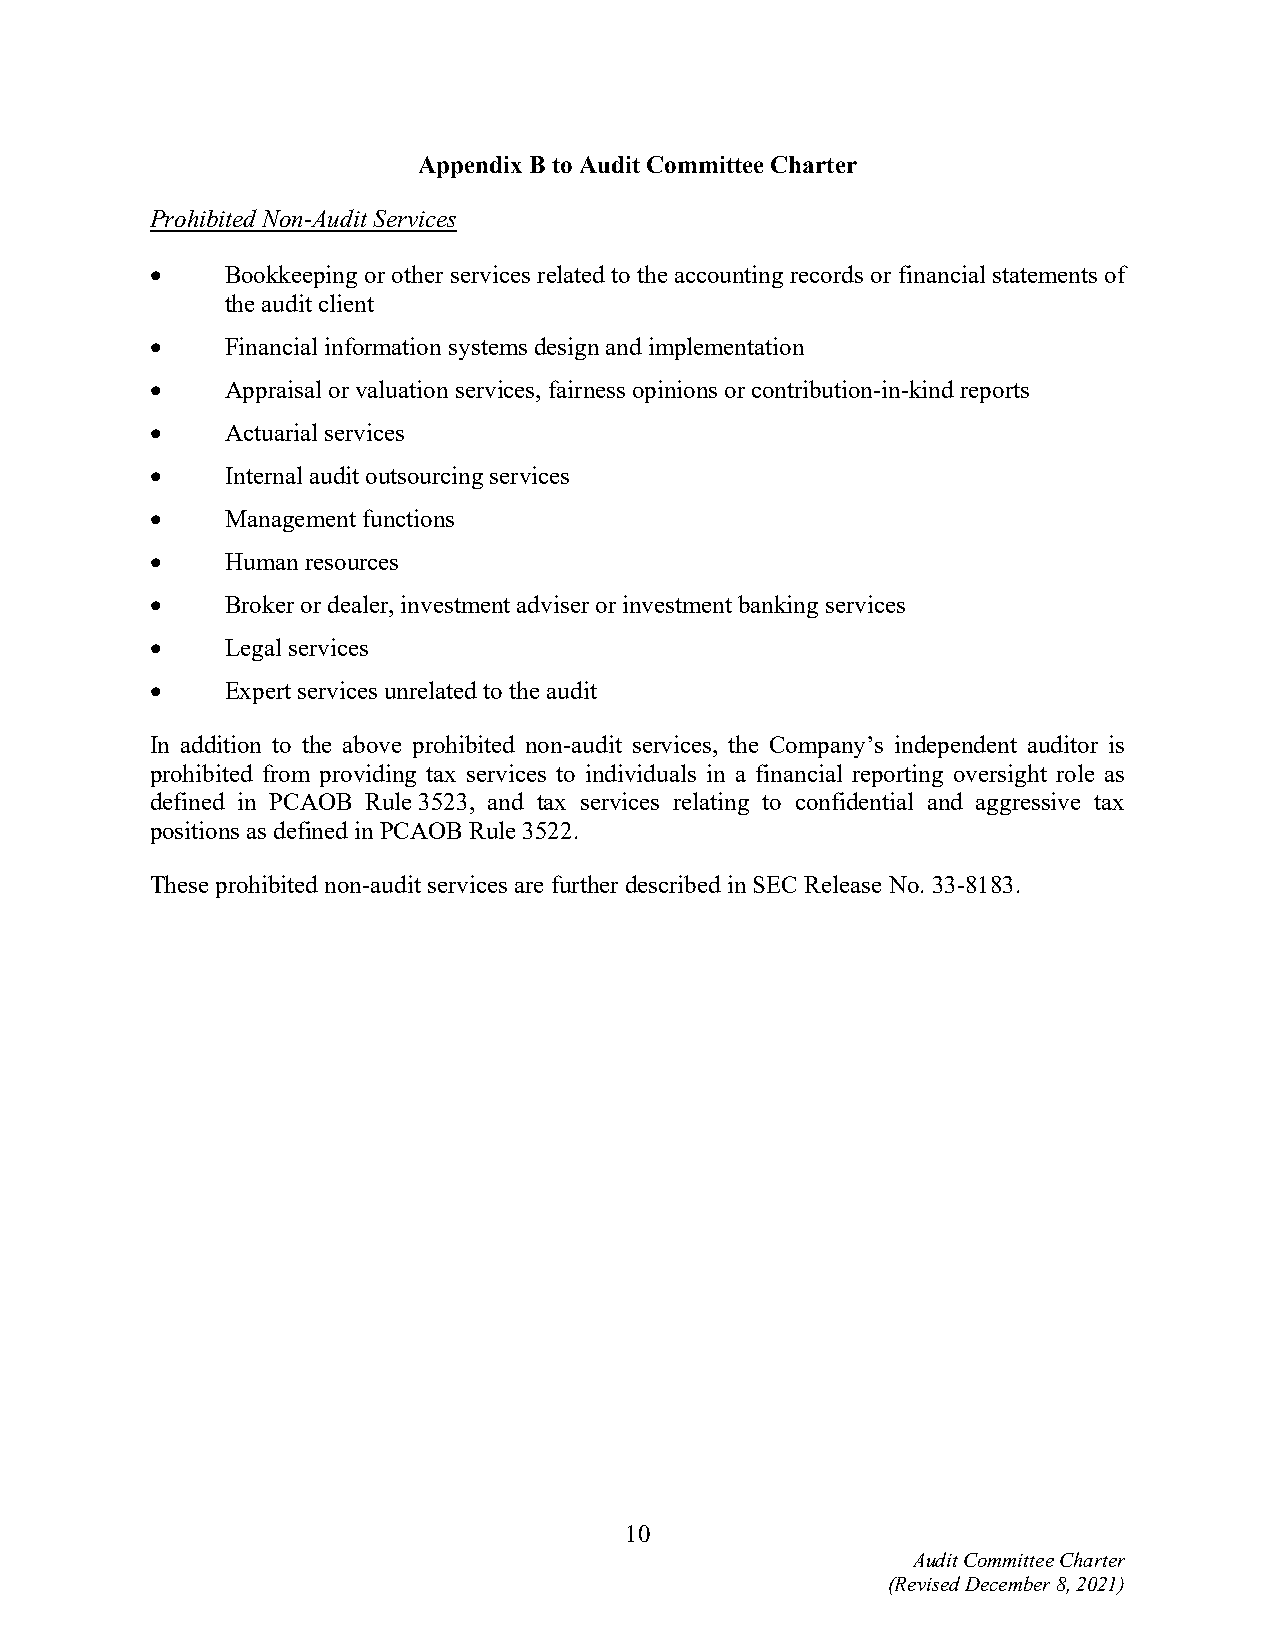
Appendix B to Audit Committee Charter
 Prohibited Non-Audit Services
     Bookkeeping or other services related to the accounting records or financial statements of
 the audit client
     Financial information systems design and implementation
     Appraisal or valuation services, fairness opinions or contribution-in-kind reports
     Actuarial services
     Internal audit outsourcing services
     Management functions
     Human resources
     Broker or dealer, investment adviser or investment banking services
     Legal services
     Expert services unrelated to the audit
 In addition to the above prohibited non-audit services, the Company’s independent auditor is
 prohibited from providing tax services to individuals in a financial reporting oversight role as
 defined in PCAOB Rule 3523, and tax services relating to confidential and aggressive tax
 positions as defined in PCAOB Rule 3522.
 These prohibited non-audit services are further described in SEC Release No. 33-8183.
 10
 Audit Committee Charter
 (Revised December 8, 2021)